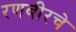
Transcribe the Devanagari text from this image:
रणबीरचे